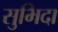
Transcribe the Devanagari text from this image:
सुभिदा